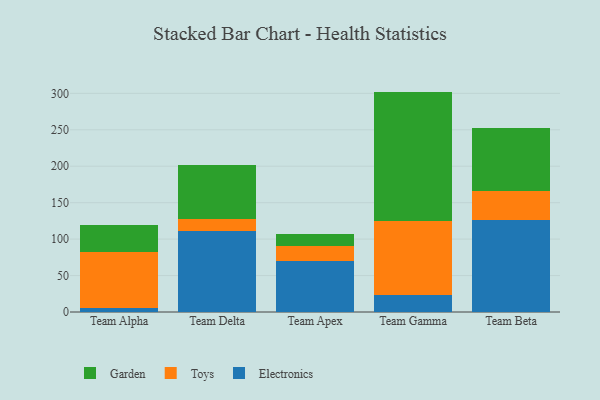
{"axis": {"x": "Team", "y": "Tickets Resolved"}, "legend": ["Electronics", "Garden", "Toys"], "data": [{"x": "Team Alpha", "y": 5.3, "type": "Electronics"}, {"x": "Team Alpha", "y": 76.8, "type": "Toys"}, {"x": "Team Alpha", "y": 37.1, "type": "Garden"}, {"x": "Team Delta", "y": 110.9, "type": "Electronics"}, {"x": "Team Delta", "y": 16.7, "type": "Toys"}, {"x": "Team Delta", "y": 74.5, "type": "Garden"}, {"x": "Team Apex", "y": 69.6, "type": "Electronics"}, {"x": "Team Apex", "y": 20.6, "type": "Toys"}, {"x": "Team Apex", "y": 16.2, "type": "Garden"}, {"x": "Team Gamma", "y": 22.8, "type": "Electronics"}, {"x": "Team Gamma", "y": 102.4, "type": "Toys"}, {"x": "Team Gamma", "y": 177.2, "type": "Garden"}, {"x": "Team Beta", "y": 126.8, "type": "Electronics"}, {"x": "Team Beta", "y": 39.1, "type": "Toys"}, {"x": "Team Beta", "y": 87.1, "type": "Garden"}]}